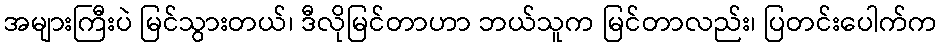
အများကြီးပဲ မြင်သွားတယ်၊ ဒီလိုမြင်တာဟာ ဘယ်သူက မြင်တာလည်း၊ ပြတင်းပေါက်က